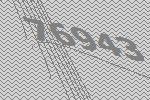
76943